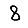
Digit: 8